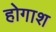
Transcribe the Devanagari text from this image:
होगाश